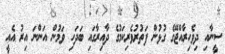
ސީނާއި ދިވެހިރާއްޖޭގެ ގުޅުން ފަތުރުވެރިކަމުގެ ދާއިރާގައި ބަދަހި ވަމުން އަންނަ އިރު އެއީ